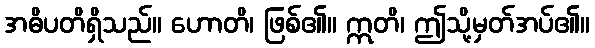
အဓိပတိရှိသည်။ ဟောတိ၊ ဖြစ်၏။ ဣတိ၊ ဤသို့မှတ်အပ်၏။